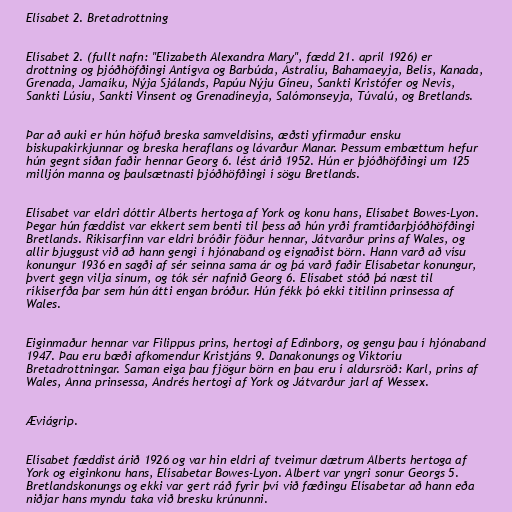
Elísabet 2. Bretadrottning

Elísabet 2. (fullt nafn: "Elizabeth Alexandra Mary", fædd 21. apríl 1926) er
drottning og þjóðhöfðingi Antígva og Barbúda, Ástralíu, Bahamaeyja, Belís, Kanada,
Grenada, Jamaíku, Nýja Sjálands, Papúu Nýju Gíneu, Sankti Kristófer og Nevis,
Sankti Lúsíu, Sankti Vinsent og Grenadíneyja, Salómonseyja, Túvalú, og Bretlands.

Þar að auki er hún höfuð breska samveldisins, æðsti yfirmaður ensku
biskupakirkjunnar og breska heraflans og lávarður Manar. Þessum embættum hefur
hún gegnt síðan faðir hennar Georg 6. lést árið 1952. Hún er þjóðhöfðingi um 125
milljón manna og þaulsætnasti þjóðhöfðingi í sögu Bretlands.

Elísabet var eldri dóttir Alberts hertoga af York og konu hans, Elísabet Bowes-Lyon.
Þegar hún fæddist var ekkert sem benti til þess að hún yrði framtíðarþjóðhöfðingi
Bretlands. Ríkisarfinn var eldri bróðir föður hennar, Játvarður prins af Wales, og
allir bjuggust við að hann gengi í hjónaband og eignaðist börn. Hann varð að vísu
konungur 1936 en sagði af sér seinna sama ár og þá varð faðir Elísabetar konungur,
þvert gegn vilja sínum, og tók sér nafnið Georg 6. Elísabet stóð þá næst til
ríkiserfða þar sem hún átti engan bróður. Hún fékk þó ekki titilinn prinsessa af
Wales.

Eiginmaður hennar var Filippus prins, hertogi af Edinborg, og gengu þau í hjónaband
1947. Þau eru bæði afkomendur Kristjáns 9. Danakonungs og Viktoríu
Bretadrottningar. Saman eiga þau fjögur börn en þau eru í aldursröð: Karl, prins af
Wales, Anna prinsessa, Andrés hertogi af York og Játvarður jarl af Wessex.

Æviágrip.

Elísabet fæddist árið 1926 og var hin eldri af tveimur dætrum Alberts hertoga af
York og eiginkonu hans, Elísabetar Bowes-Lyon. Albert var yngri sonur Georgs 5.
Bretlandskonungs og ekki var gert ráð fyrir því við fæðingu Elísabetar að hann eða
niðjar hans myndu taka við bresku krúnunni.